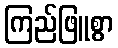
ကြည်ဖြူစွာ